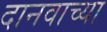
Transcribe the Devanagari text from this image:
दानवाच्या